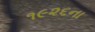
૧૯૨૬ના